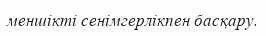
меншікті сенімгерлікпен басқару.